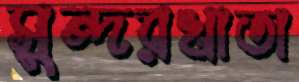
সুন্দরখাতা